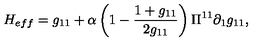
H _ { e f f } = g _ { 1 1 } + \alpha \left( 1 - \frac { 1 + g _ { 1 1 } } { 2 g _ { 1 1 } } \right) \Pi ^ { 1 1 } \partial _ { 1 } g _ { 1 1 } ,